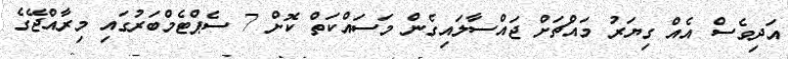
އަދިވެސް އެއް ގިޔަރު މައްޗަށް ޖައްސާލައިގެން މަސައްކަތް ކޮށް 7 ސެޕްޓެމްބަރުގައި މިރާއްޖޭގެ